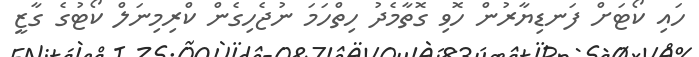
ހައި ކޯޓަށް ފަނޑިޔާރުން ހޮވި ގޮތާމެދު ހިތްހަމަ ނުޖެހިގެން ކްރިމިނަލް ކޯޓުގެ ގާޒީ